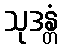
သုဒန္တံ